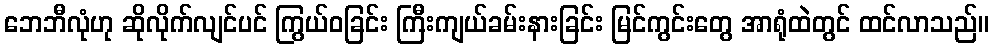
ဘေဘီလုံဟု ဆိုလိုက်လျင်ပင် ကြွယ်ဝခြင်း ကြီးကျယ်ခမ်းနားခြင်း မြင်ကွင်းတွေ အာရုံထဲတွင် ထင်လာသည်။